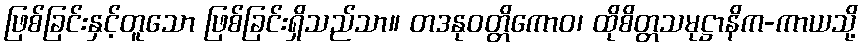
ဖြစ်ခြင်းနှင့်တူသော ဖြစ်ခြင်းရှိသည်သာ။ တဒနုဝတ္တိကောဝ၊ ထိုစိတ္တသမုဋ္ဌာနိက-ကာယသို့